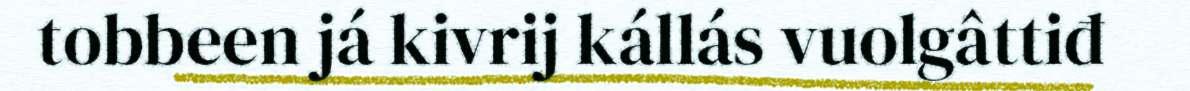
tobbeen já kivrij kállás vuolgâttiđ